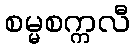
စမ္မစက္ကလီ